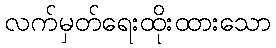
လက်မှတ်ရေးထိုးထားသော